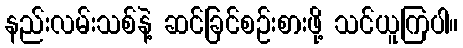
နည်းလမ်းသစ်နဲ့ ဆင်ခြင်စဉ်းစားဖို့ သင်ယူကြပါ။